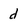
Character: d